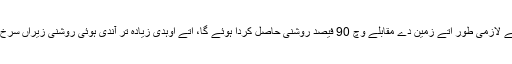
گلیز 667Cc، اک مدھم سرخ سیارے دے گرد تنگ 28 دن دے مدار وچ رہندے ہوئے لازمی طور اُتے زمین دے مقابلے وچ 90 فیصد روشنی حاصل کردا ہوئے گا، اُتے اوہدی زیادہ تر آندی ہوئی روشنی زیراں سرخ طیف دی ہُندی اے، اس آندی ہوئی توانائی دی زیادہ تعداد سیارہ جذب کرلیندا ہوئے گا۔